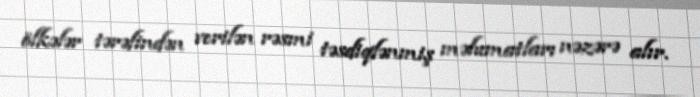
ölkələr tərəfindən verilən rəsmi təsdiqlənmiş məlumatları nəzərə alır.